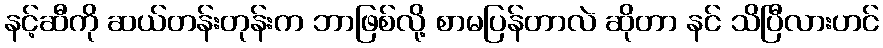
နင့်ဆီကို ဆယ်တန်းတုန်းက ဘာဖြစ်လို့ စာမပြန်တာလဲ ဆိုတာ နင် သိပြီလားဟင်